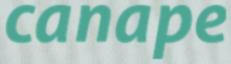
canape